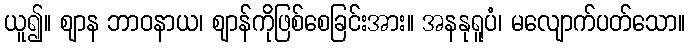
ယူ၍။ ဈာန ဘာဝနာယ၊ ဈာန်ကိုဖြစ်စေခြင်းအား။ အနနုရူပံ၊ မလျောက်ပတ်သော။